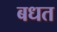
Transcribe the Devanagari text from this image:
बधत